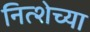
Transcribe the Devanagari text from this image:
नित्शेच्या